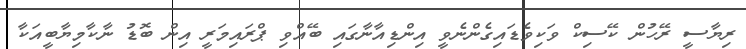
ރިޔާސީ ރޭހުން ކޭސިކް ވަކިވެޑައިގެންނެވީ އިންޑިއާނާގައި ބޭއްވި ޕްރައިމަރީ އިން ބޮޑު ނާކާމިޔާބީއަކާ